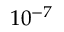
1 0 ^ { - 7 }